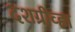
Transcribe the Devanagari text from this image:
दशग्रीव्हा